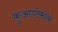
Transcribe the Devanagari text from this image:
कुआव्तेमोक